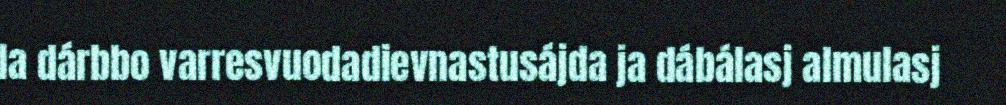
la dárbbo varresvuodadievnastusájda ja dábálasj almulasj